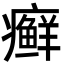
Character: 癣